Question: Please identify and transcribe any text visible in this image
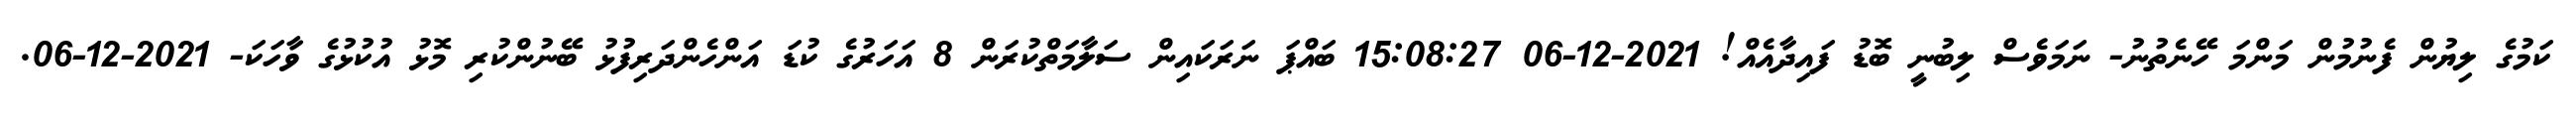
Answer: ކަމުގެ ލިޔުން ފެނުމުން މަންމަ ހޭނެތުނު- ނަމަވެސް ލިބުނީ ބޮޑު ފައިދާއެއް! 2021-12-06 15:08:27 ބައްޕަ ނަރަކައިން ސަލާމަތްކުރަން 8 އަހަރުގެ ކުޑަ އަންހެންދަރިފުޅު ބޭނުންކުރި މޮޅު އުކުޅުގެ ވާހަކަ- 2021-12-06.